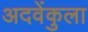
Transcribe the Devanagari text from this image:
अदवेंकुला